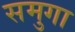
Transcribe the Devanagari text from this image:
समुगा